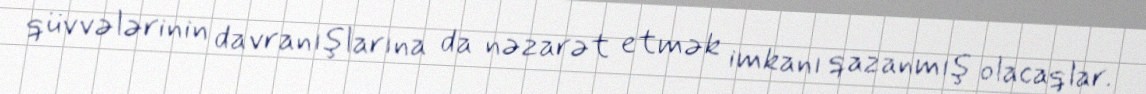
qüvvələrinin davranışlarına da nəzarət etmək imkanı qazanmış olacaqlar.